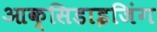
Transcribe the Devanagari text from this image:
आक्सिडाइजिंग